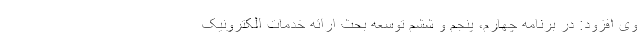
وی افزود: در برنامه چهارم، پنجم و ششم توسعه بحث ارائه خدمات الکترونیک